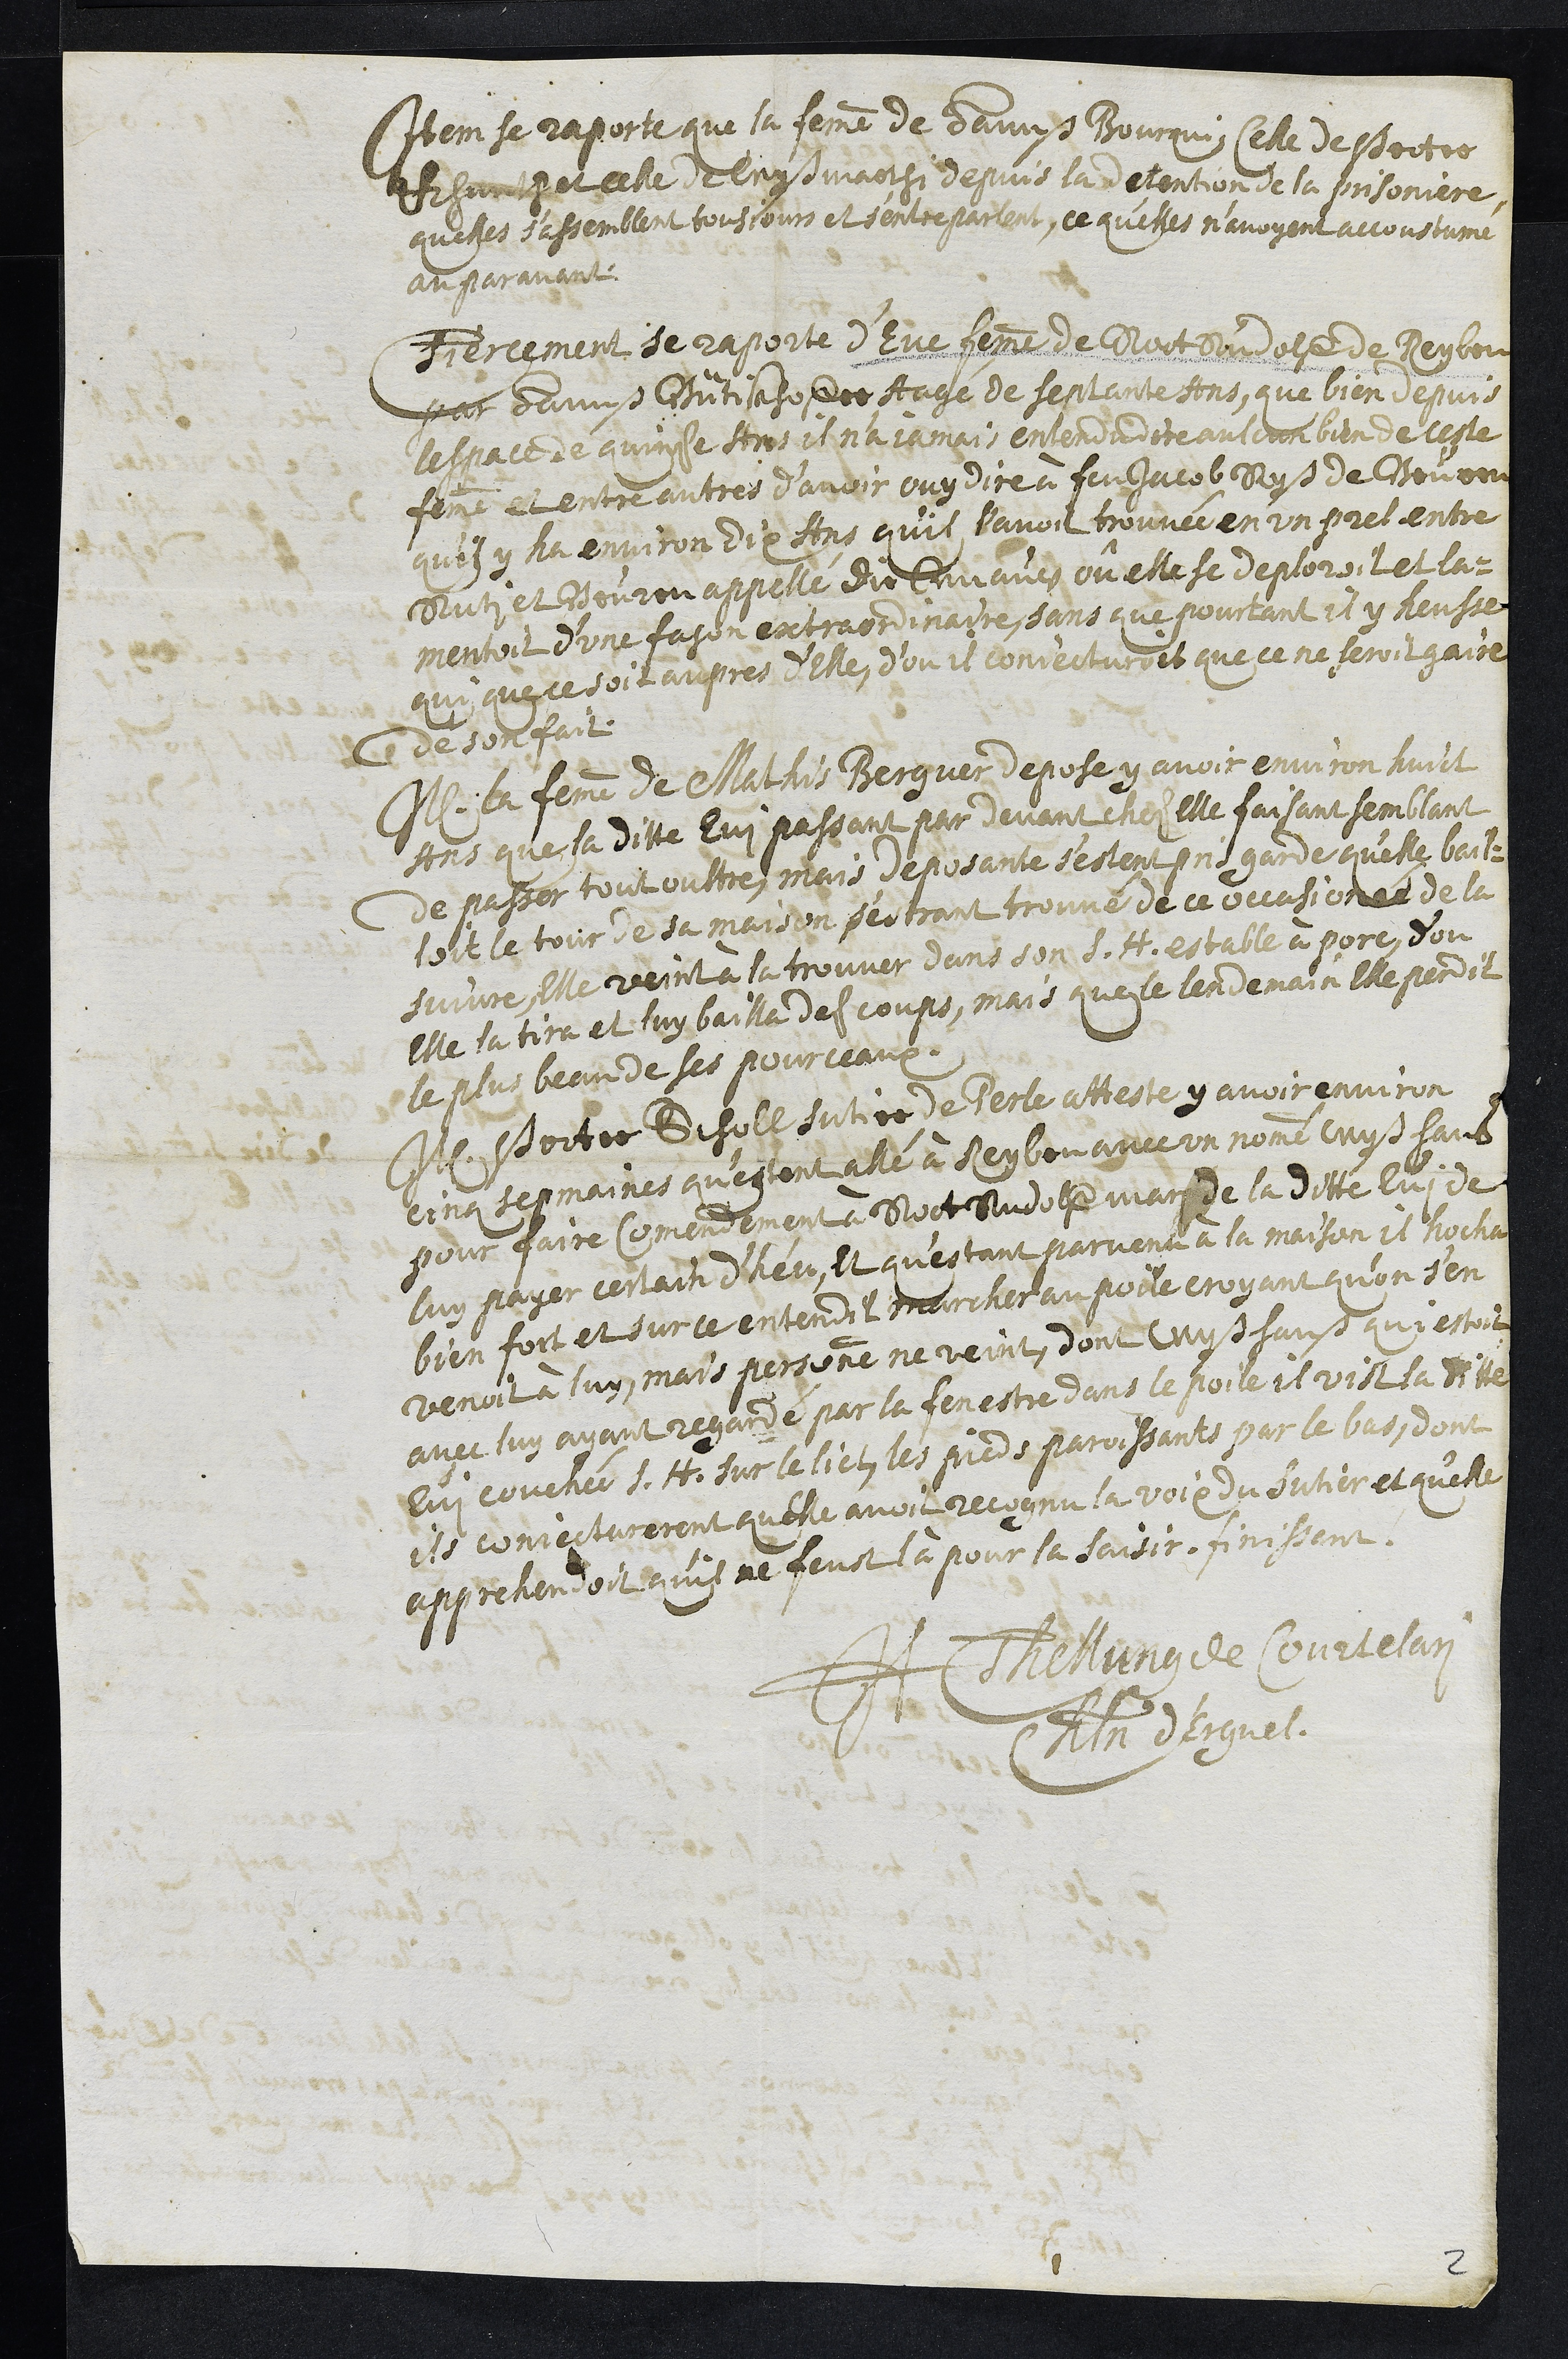
Item se reporte que la femme de Hanß Bourqui, celle de Peter
Khuntz et celle de Wyß Marthi depuis la detention de la prisoniere
quelles s'assemblent tousjours et s'entreparlent, ce quelles n’avoyent accoustumé
auparavant
Tiercement se raporte d’Eve femme de Rott Rudolf de Reyben
par Hannß Bütikhoffer Aagé de septante Ans, que bien depuis
lespace de quinse ans il n'a jamais entendu dire aulcun bien de ceste
femme et entre autres d’avoir ouy dire à feu Jacob Ryß de Beuren
qu’il y ha environ dix Ans qu'il l'avoit trouvée en un prel entre
Ruti et Beuren appellé die Anauw ou elle se deploroit et la¬
mentoit d’une fason extraordinaire, sans que pourtant il y heusse
qui que ce soit aupres d’Elle, d’ou il conjecturoit que ce ne seroit gaire
de son fait
Item la femme de Mathis Berguer depose y avoir environ huict
ans que la ditte Evi passant par devant chez elle faisant semblant
de passer tout oultre, mais deposante s’estant pris garde qu’elle bail¬
loit le tour de sa maison s'estant trouvé de ce occasionée de la
suivre, elle veint à la trouver dans son s.h. estable a porc, d’ou
Elle la tira et luy bailla des coups, mais que le lendemain Elle perdit
le plus beau de ses pourceaux.
Item Petter Scholl sutier de Perle atteste y avoir environ
cinq sepmaines qu’estant allé à Reyben avec un nommé Wyß Hans
pour faire Comendement à Root Rudolff mari de laditte lui de
luy payer certain d'heu, et qu'estant parvenu à la maison il hocha
bien fort et sur ce entendit marcher au poile croyant qu'on s'en
venoit à luy, mais personne ne veint, dont Wyß Hans qui estoit
avec luy ayant regardé par la fenestre dans le poile il vist laditte
Evi couchée s.h. sur le lict, les pieds paroissants par le bas, dont
ils conjecturerent quelle avoit recognu la voix du sutier et qu’elle
apprehandoit quil ne feust là pour la saisir. Finissent.
JH Thellung de Courtelary
Chatelain d'Erguel.
2